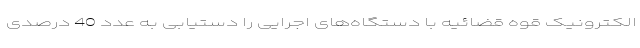
الکترونیک قوه قضائیه با دستگاه‌های اجرایی را دستیابی به عدد 40 درصدی